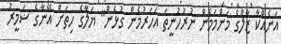
އަނެއްކާ ޒާލްގެ މަންމަމެން ނުރުހުނީތަ އަހަރުމެން ގުޅެން" ޔަލާގެ ހިތަށް އޭނާގެ ޟަމީރު